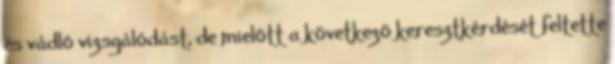
és vádló vizsgálódást, de mielõtt a következõ keresztkérdését feltette